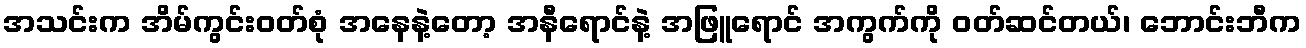
အသင်းက အိမ်ကွင်းဝတ်စုံ အနေနဲ့တော့ အနီရောင်နဲ့ အဖြူရောင် အကွက်ကို ဝတ်ဆင်တယ်၊ ဘောင်းဘီက